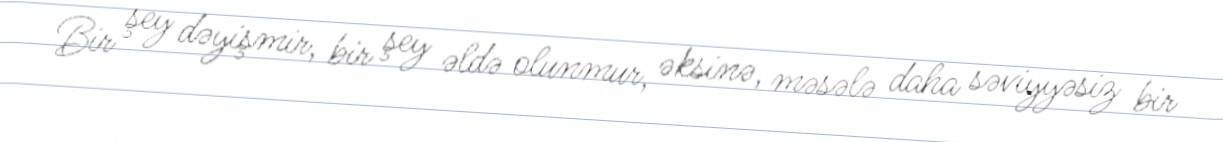
Bir şey dəyişmir, bir şey əldə olunmur, əksinə, məsələ daha səviyyəsiz bir